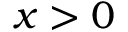
x > 0